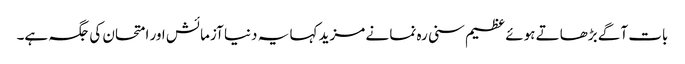
بات آگے بڑھاتے ہوئے عظیم سنی رہ نما نے مزید کہا یہ دنیا آزمائش اور امتحان کی جگہ ہے۔